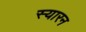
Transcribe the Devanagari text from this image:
स्यारन